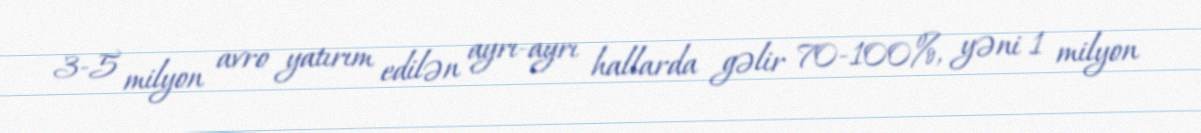
3-5 milyon avro yatırım edilən ayrı-ayrı hallarda gəlir 70-100%, yəni 1 milyon